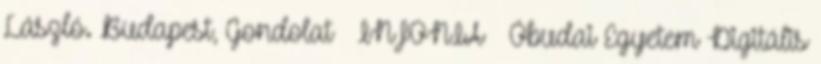
László. Budapest, Gondolat – INFONIA – Óbudai Egyetem Digitális